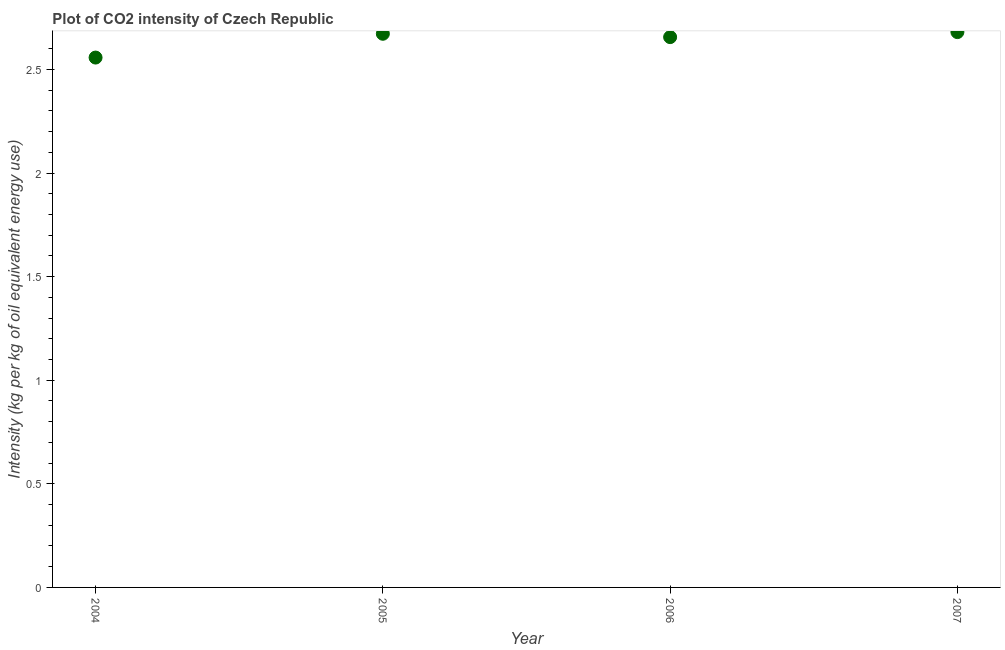
| Year | CO2 intensity |
 | --- | --- |
 | 2004 | 2.56 |
 | 2005 | 2.67 |
 | 2006 | 2.66 |
 | 2007 | 2.68 |